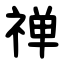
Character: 禅